Leprosy in India: report of the Leprosy Commission in India, 1890-91
Year: 1890
Disease focus: Leprosy
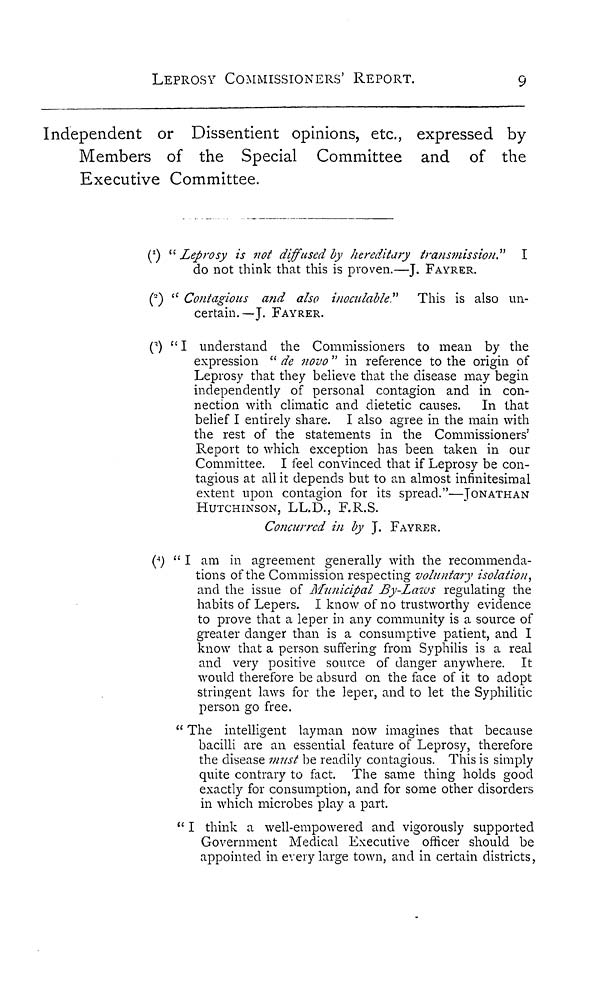
LEPROSY COMMISSIONERS' REPORT.
9
Independent or Dissentient opinions, etc., expressed by
Members of the Special Committee and of the
Executive Committee.
(1) " Leprosy is not diffused by hereditary transmission." I
do not think that this is proven.—J. FAYRER.
( 2 ) " Contagions and also inoculable" This is also un-
certain.—J. FAYRER.
( 3 ) "I understand the Commissioners to mean by the
expression " de novo " in reference to the origin of
Leprosy that they believe that the disease may begin
independently of" personal contagion and in con-
nection with climatic and dietetic causes. In that
belief I entirely share. I also agree in the main with
the rest of the statements in the Commissioners'
Report to which exception has been taken in our
Committee. I feel convinced that if Leprosy be con-
tagious at all it depends but to an almost infinitesimal
extent upon contagion for its spread."—JONATHAN
HUTCHINSON, LL.D., F.R.S.
Concurred in by J. FAYRER.
( 4 ) " I am in agreement generally with the recommenda-
tions of the Commission respecting voluntary isolation,
and the issue of Municipal By-Laws regulating the
habits of Lepers. I know of no trustworthy evidence
to prove that a leper in any community is a source of
greater danger than is a consumptive patient, and I
know that a person suffering from Syphilis is a real
and very positive source of danger anywhere. It
would therefore be absurd on the face of it to adopt
stringent laws for the leper, and to let the Syphilitic
person go free.
" The intelligent layman now imagines that because
bacilli are an essential feature of Leprosy, therefore
the disease must be readily contagious. This is simply
quite contrary to fact. The same thing holds good
exactly for consumption, and for some other disorders
in which microbes play a part.
" I think a well-empowered and vigorously supported
Government Medical Executive officer should be
appointed in every large town, and in certain districts,